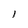
Character: l